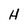
Character: H